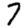
Digit: 7